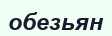
обезьян